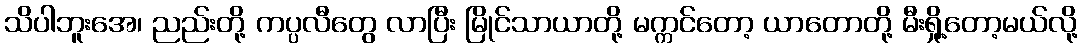
သိပါဘူးအေ၊ ညည်းတို့ ကပ္ပလီတွေ လာပြီး မြိုင်သာယာတို့ မက္ကင်တော့ ယာတောတို့ မီးရှို့တော့မယ်လို့